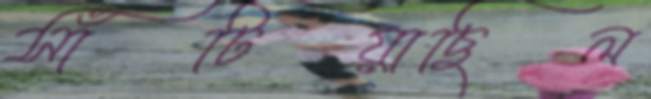
সাঁটিয়াছিল